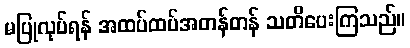
မပြုလုပ်ရန် အထပ်ထပ်အတန်တန် သတိပေးကြသည်။